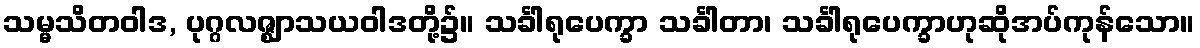
သမ္မသိတဝါဒ, ပုဂ္ဂလဇ္ဈာသယဝါဒတို့၌။ သင်္ခါရုပေက္ခာ သင်္ခါတာ၊ သင်္ခါရုပေက္ခာဟုဆိုအပ်ကုန်သော။